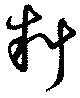
料